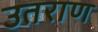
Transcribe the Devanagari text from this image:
उतराण